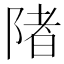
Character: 陼